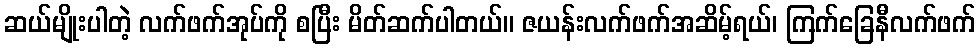
ဆယ်မျိုးပါတဲ့ လက်ဖက်အုပ်ကို စပြီး မိတ်ဆက်ပါတယ်။ ဇယန်းလက်ဖက်အဆိမ့်ရယ်၊ ကြက်ခြေနီလက်ဖက်